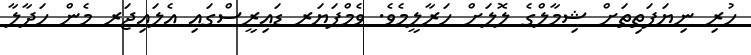
ހުރި ނިޔަފަތިތަށް ޝިމާލްގެ ލޮލަށް ހަރާލީމެވެ. ވެމްޕަޔަރ ޑައިރީސްގައި އެލައިޖަރ މެން ހަދާލާ